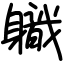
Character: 軄